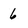
Character: 6